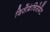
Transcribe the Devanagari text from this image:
दिसेंफ्रंचिसेमेंट